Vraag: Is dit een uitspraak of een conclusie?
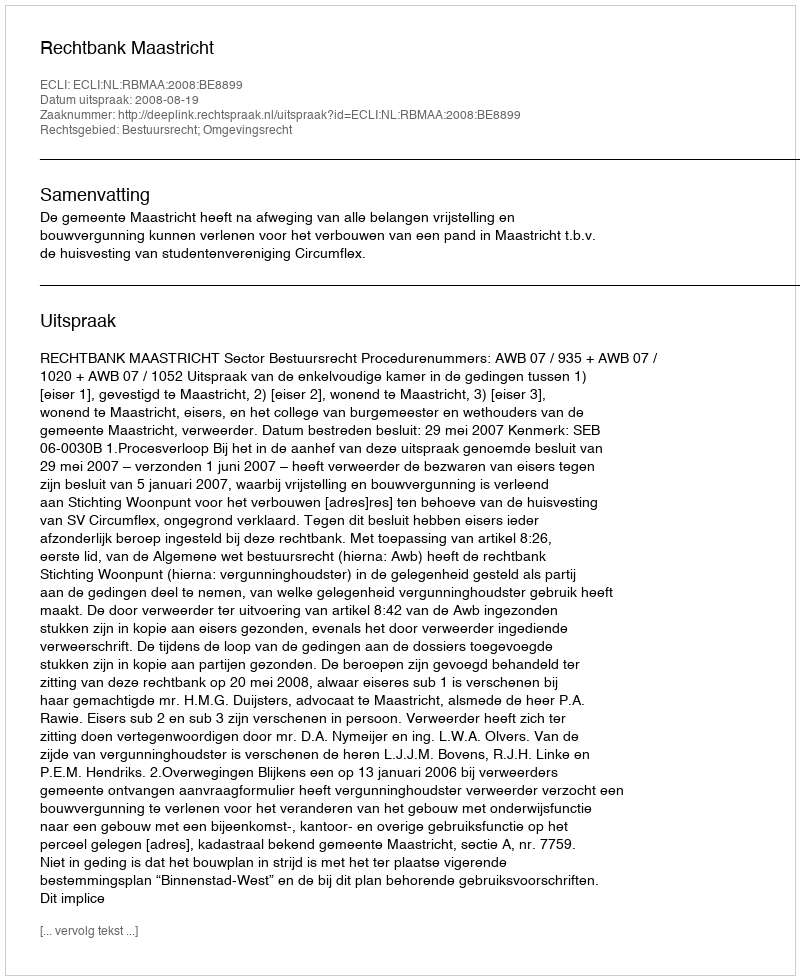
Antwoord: Uitspraak